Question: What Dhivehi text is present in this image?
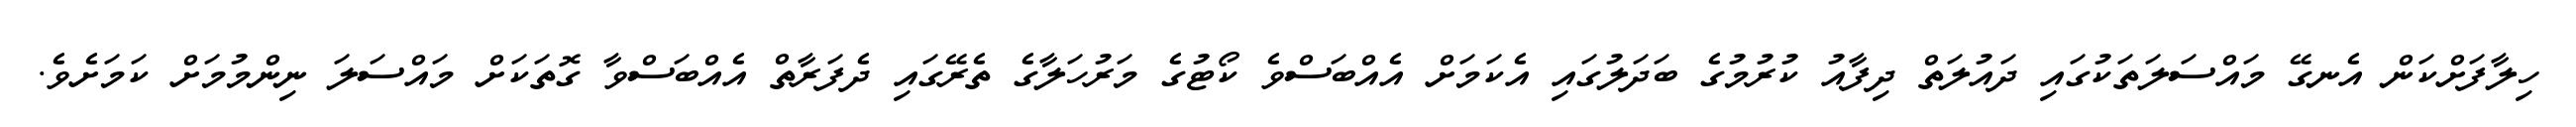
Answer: ހިލާފަށްކަން އެނގޭ މައްސަލަތަކުގައި ދައުލަތް ދިފާއު ކުރުމުގެ ބަދަލުގައި އެކަމަށް އެއްބަސްވެ ކޯޓުގެ މަރުހަލާގެ ތެރޭގައި ދެފަރާތް އެއްބަސްވާ ގޮތަކަށް މައްސަލަ ނިންމުމަށް ކަމަށެވެ.